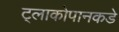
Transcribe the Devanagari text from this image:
ट्लाकोपानकडे